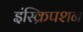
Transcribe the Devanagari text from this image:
इंस्क्रिपशन